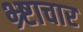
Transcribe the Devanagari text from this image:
भ्र्ष्टाचार